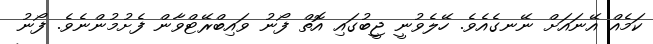
ކަމެއް އޭނައަށް ނޭނގެއެވެ. ހޭލެވުނީ ޖީބުގައި އޮތް ފޯނު ވައިބްރޭޓްވާން ފެށުމުންނެވެ. ފޯނު